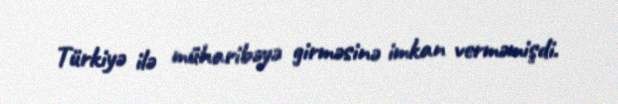
Türkiyə ilə müharibəyə girməsinə imkan verməmişdi.